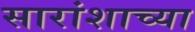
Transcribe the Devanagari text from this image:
सारांशाच्या